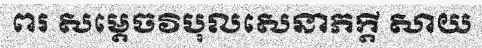
ពរ សម្តេចវិបុលសេនាភក្តី សាយ